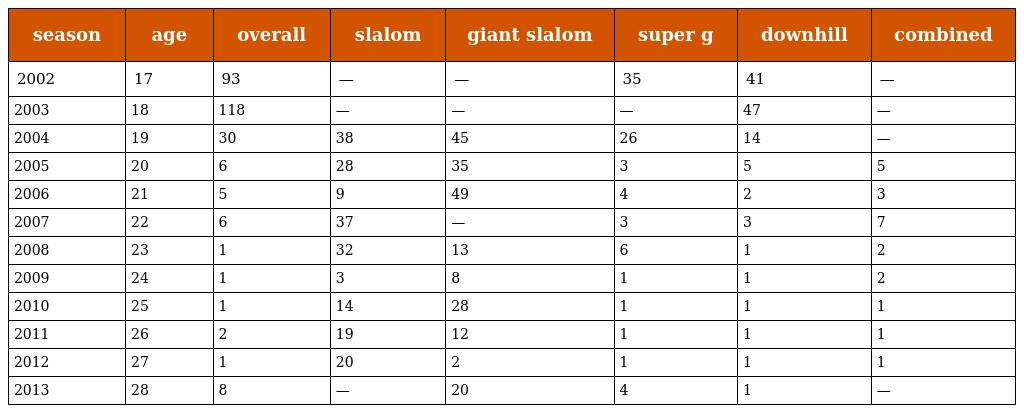
| season | age | overall | slalom | giant slalom | super g | downhill | combined |
 | --- | --- | --- | --- | --- | --- | --- | --- |
 | 2002 | 17 | 93 | — | — | 35 | 41 | — |
 | 2003 | 18 | 118 | — | — | — | 47 | — |
 | 2004 | 19 | 30 | 38 | 45 | 26 | 14 | — |
 | 2005 | 20 | 6 | 28 | 35 | 3 | 5 | 5 |
 | 2006 | 21 | 5 | 9 | 49 | 4 | 2 | 3 |
 | 2007 | 22 | 6 | 37 | — | 3 | 3 | 7 |
 | 2008 | 23 | 1 | 32 | 13 | 6 | 1 | 2 |
 | 2009 | 24 | 1 | 3 | 8 | 1 | 1 | 2 |
 | 2010 | 25 | 1 | 14 | 28 | 1 | 1 | 1 |
 | 2011 | 26 | 2 | 19 | 12 | 1 | 1 | 1 |
 | 2012 | 27 | 1 | 20 | 2 | 1 | 1 | 1 |
 | 2013 | 28 | 8 | — | 20 | 4 | 1 | — |